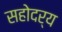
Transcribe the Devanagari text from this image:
सहोदर्य